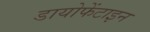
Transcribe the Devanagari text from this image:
डायोफेंटाइन